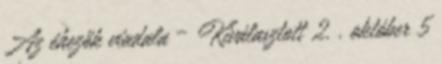
Az éhezők viadala – Kiválasztott 2. . október 5